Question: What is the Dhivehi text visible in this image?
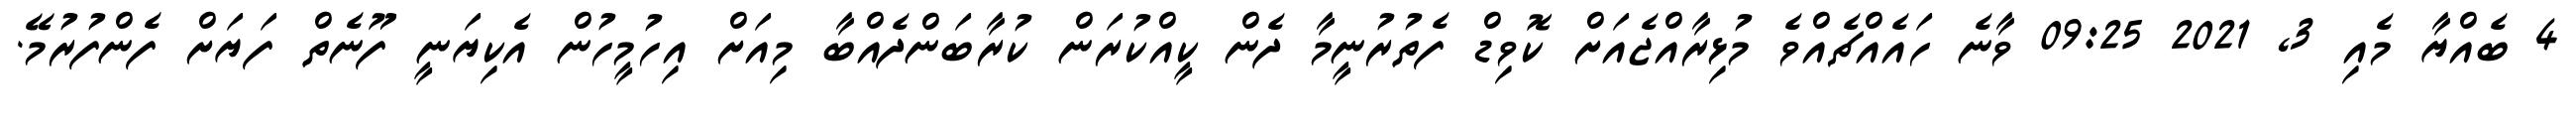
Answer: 4 ބެއްޔާ މެއި 3, 2021 09:25 ވާނެ ހައެއްޗެއްވެ މުޅިރާއްޖެއަށް ކޮވިޑް ފެތުރުނީމާ ދެން ކީއްކުރަން ކުރާބަންދެއްބާ މިއަށް އިހުމީހުން އެކިޔަނީ ފޫނެތް ފަޔަށް ފެންފުރުމޭ.